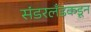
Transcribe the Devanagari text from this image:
संडरलँडकडून